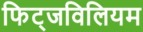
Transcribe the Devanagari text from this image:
फिट्जविलियम